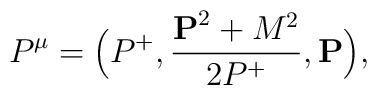
P^{\mu} =\Big(P^+,{{{\bf P}^2+M^2}\over {2P^+}},{\bf P}\Big),